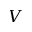
V